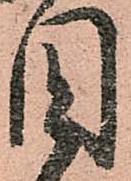
目